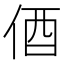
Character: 𫢞